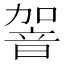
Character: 䪪